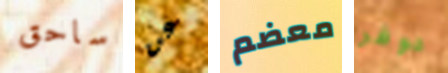
ساحق عن معضم دوفر